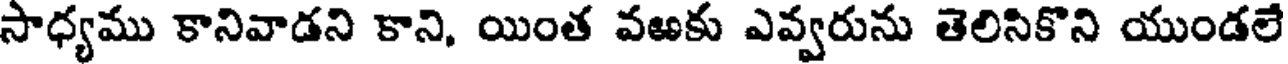
సాధ్యము కానివాడని కాని, యింత వఱకు ఎవ్వరును తెలిసికొని యుండలే